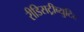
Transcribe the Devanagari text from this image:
रीडिसट्रीब्युटिद